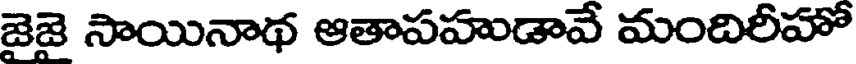
జైజై సాయినాథ ఆతాపహుడావే మందిరీహో